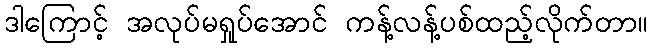
ဒါကြောင့် အလုပ်မရှုပ်အောင် ကန့်လန့်ပစ်ထည့်လိုက်တာ။